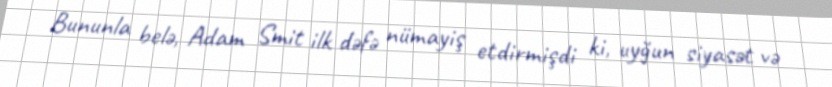
Bununla belə, Adam Smit ilk dəfə nümayiş etdirmişdi ki, uyğun siyasət və